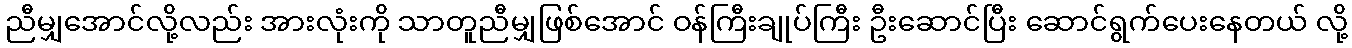
ညီမျှအောင်လို့လည်း အားလုံးကို သာတူညီမျှဖြစ်အောင် ဝန်ကြီးချုပ်ကြီး ဦးဆောင်ပြီး ဆောင်ရွက်ပေးနေတယ် လို့